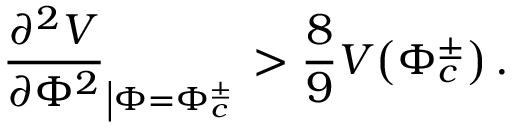
\frac { \partial ^ { 2 } V } { \partial \Phi ^ { 2 } } _ { \left| \Phi = \Phi _ { c } ^ { \pm } \right. } > \frac { 8 } { 9 } V \! \left( \Phi _ { c } ^ { \pm } \right) .